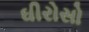
ઘીરોસો